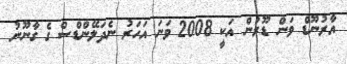
އާރުނޫޑް ވަން ޑޫރުން އަކީ 2008 ވަނަ އަހަރު ނެދަލޭންޑްސް ގެ ގާނޫނު